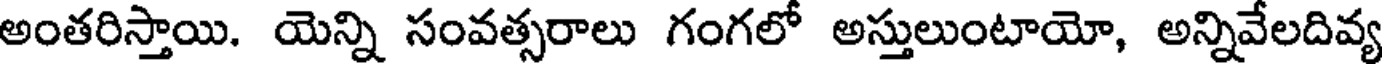
అంతరిస్తాయి. యెన్ని సంవత్సరాలు గంగలో అస్తులుంటాయో, అన్నివేలదివ్య